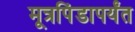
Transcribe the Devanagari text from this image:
मूत्रपिंडापर्यंत